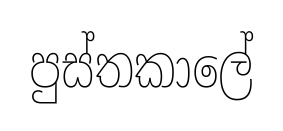
පුස්තකාලේ